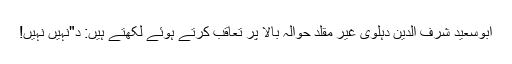
ابوسعید شرف الدین دہلوی غیر مقلد حوالہ بالا پر تعاقب کرتے ہوئے لکھتے ہیں: د"نہیں نہیں!